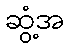
ဆွံ့အ